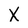
Character: X